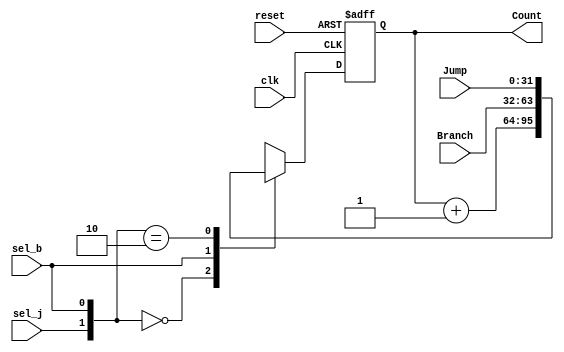
`timescale 1ns / 1ps
module PC(
    output reg[31:0] Count,
    input [31:0] Jump,
    input [31:0] Branch,
    input sel_j,
    input sel_b,
    input clk,
    input reset
    );
    wire [1:0] sel = {sel_j, sel_b};
    always@(posedge clk, posedge reset)
    begin
        if (reset)
            Count <= 0;  // start the program from the beginning
        else
            begin
                casex(sel)
                2'b00:  Count <= Count + 1; // regular proceed
                2'bx1:  Count <= Branch;    // next PC branch
                2'b10:  Count <= Jump;      // next PC jump
                default:    Count <= Count + 1;
                endcase
            end
    end
endmodule